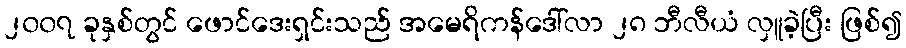
၂၀၀၇ ခုနှစ်တွင် ဖောင်ဒေးရှင်းသည် အမေရိကန်ဒေါ်လာ ၂၈ ဘီလီယံ လှူခဲ့ပြီး ဖြစ်၍